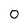
Character: 0